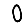
Digit: 0